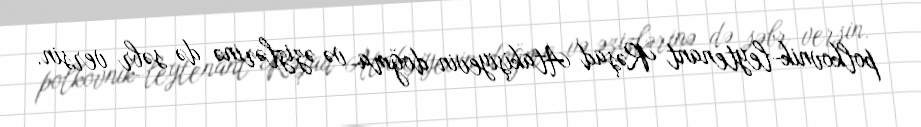
polkovnik-leytenant Rəşad Atakişiyevin doğma və əzizlərinə də səbr versin.